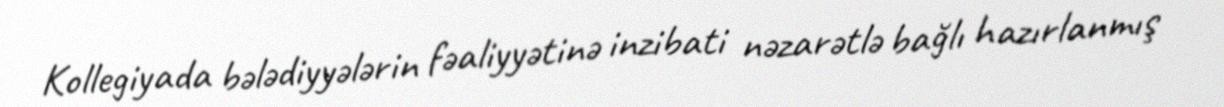
Kollegiyada bələdiyyələrin fəaliyyətinə inzibati nəzarətlə bağlı hazırlanmış